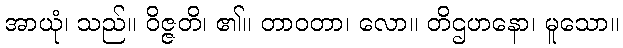
အာယုံ၊ သည်။ ဝိဇ္ဇတိ၊ ၏။ တာဝတာ၊ လော။ တိဌဟနော၊ မူသော။